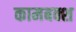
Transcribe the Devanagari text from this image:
कामबक्श